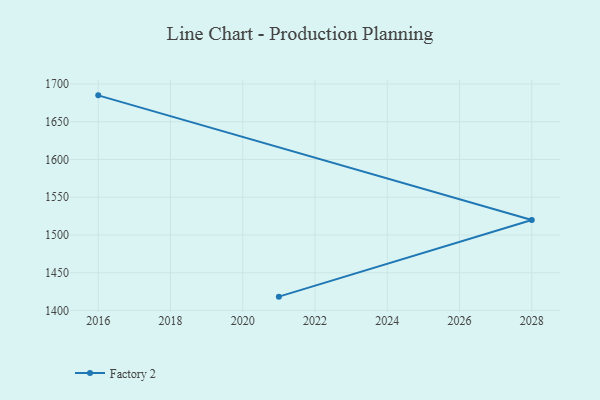
{"axis": {"x": "Year", "y": "Latency (ms)"}, "legend": ["Factory 2"], "data": [{"x": "2021", "y": 1418.3, "type": "Factory 2"}, {"x": "2028", "y": 1519.9, "type": "Factory 2"}, {"x": "2016", "y": 1685.0, "type": "Factory 2"}]}